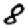
Digit: 8